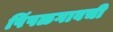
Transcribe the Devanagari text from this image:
पिंपळगावची